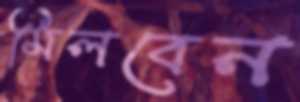
মিলবেন